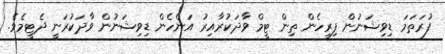
ފުރަތަމަ ޑިވިޝަނުން ފިރިހެން ތިން ޓީމް ވާދަކުރާއިރު އަންހެން ޑިވިޝަނުން ވާދަކުރަނީ ދެޓީމެވެ.